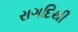
રાગદિથી